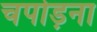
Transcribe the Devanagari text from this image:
चपोड़ना